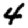
Digit: 4